Civil Veterinary Dept. Bombay admin report 1907-1913 - 1907-1913
Year: 1907
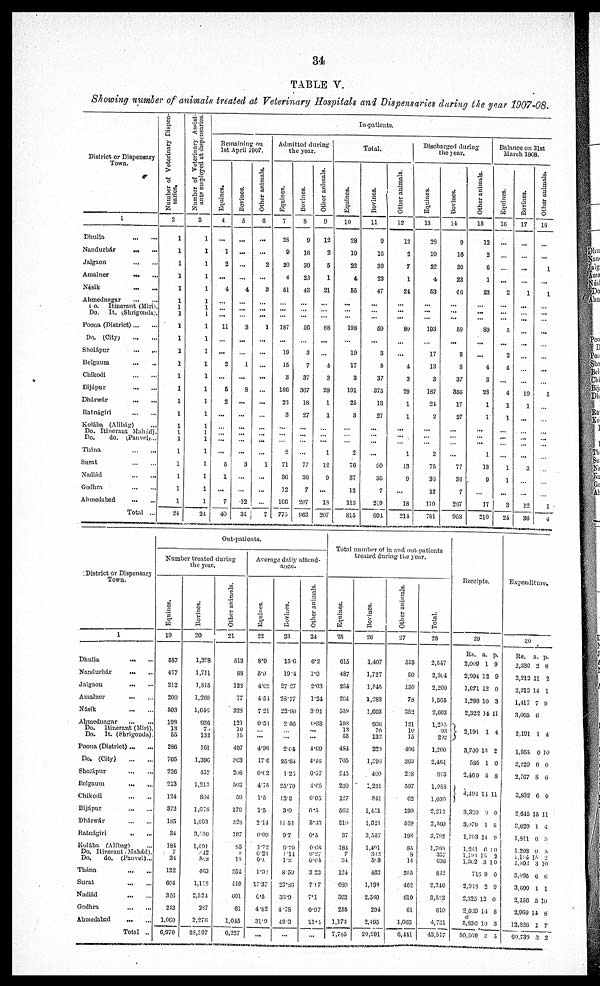
34
TABLE V.
Showing number of animals treated at Veterinary Hospitals and Dispensaries during the year 1907-08.
District or Dispensary
Town.
1
Dhulia ... ...
Nandurbar
...
...
Jalgaon
...
...
Amalner
...
...
Násik
...
...
Ahmednagar
...
...
Do. Itinerant (Miri).
Do.
It. (Shrigonda).
Poona (District)... ...
Do. (City) ... ...
Sholápur
... ...
Belgaum
...
...
Chikodi
...
...
Bijápur
...
...
Dhárwár
...
...
Ratnágiri
...
...
Kolába (Alibág) ...
Do. Itineraut Mahád).
Do.
do. (Panvch)...
Thána ... ...
Surat
...
...
Nadiád ... ...
Godhra
...
...
Ahmodabad ... ...
Total ...
Number of Veterinary Dispen-
saries.
2
1
1
1
1
1
1
1
1
1
1
1
1
1
1
1
1
1
1
1
1
1
1
1
1
24
Number
of Vetorinary Assist¬
ants
employed at dispensaries.
3
1
1
1
1
1
1
1
1
1
1
1
1
1
1
1
1
1
1
1
1
1
1
1
1
31
In-pationts.
Remaining on
1st April 1907.
Equines.
4
...
1
2
...
4
...
...
...
11
...
...
2
...
6
3
...
...
...
...
...
6
1
...
7
40
Bovines.
6
...
...
...
...
4
...
...
3
...
1
...
8
...
...
...
...
...
...
3
...
...
12
31
Other animals.
6
...
...
2
...
3
...
...
...
1
...
...
...
...
...
...
...
...
...
...
...
1
...
...
7
Admitted during
the year.
Equines.
7
28
9
10
4
61
...
...
...
187
...
10
16
3
186
33
3
...
...
2
71
30
12
100
770
Bovines.
8
0
16
30
23
43
...
...
...
60
...
3
7
37
307
18
27
...
...
...
...
77
30
7
207
963
Other animals.
9
12
2
6
1
21
...
...
88
...
...
4
3
20
1
1
...
...
...
1
12
9
...
19
207
Total.
Equines.
10
28
10
22
4
66
...
...
108
...
10
17
3
191
25
3
...
...
...
3
76
87
12
113
S16
Bovines.
11
0
10
30
23
47
...
...
...
69
...
8
8
87
375
18
27
...
...
...
...
80
86
7
2:0
00i
Other animals.
12
13
2
7
1
24
...
...
...
89
...
...
4
3
29
1
1
...
...
...
1
13
0
...
18
214
Discharged during
the year.
Equines.
13
28
10
22
4
63
...
...
...
193
...
17
13
3
187
2
2
...
...
...
2
75
86
12
110
791
Bovine*.
14
9
16
80
28
46
...
...
...
59
...
8
8
37
860
17
27
...
...
...
...
77
86
7
207
953
Other animals.
16
12
2
6
1
23
...
...
...
89
...
...
4
8
23
1
1
...
...
...
1
13
9
...
17
210
Balance on 31st
March 1906.
Equine*.
16
...
...
2
...
...
...
5
...
2
4
...
4
1
1
...
...
...
1
1
...
3
34
Bovines.
17
...
...
...
...
1
...
...
...
...
...
...
...
10
1
...
...
...
...
3
...
...
12
36
Other animals.
13
...
...
1
...
1
...
...
...
...
...
...
...
1
...
...
...
...
...
...
...
...
...
1
4
District or Dispensary
Town.
1
Dhulia
...
...
Mandurbár ... ...
Jalgaon
...
...
Amalnor
...
...
Násik ... ...
Ahmednagar ... ...
Do.
Itinerant (Miri).
Do. It. (Shrigonda).
Poona (District)...
...
Do. (City)
Sholápur
...
...
Belgaum
...
...
Chikodi
...
...
Bijápur ... ...
Dhárwár
...
...
Ratnágiri
...
...
Kolába (Alibag) ...
Do. Itinorant (Mahád).
Do.
do. (Panvel)...
Thinn
...
...
Surat
...
...
Nadiád
...
...
Godhra
...
...
Ahmedabad ... ...
Total ...
Out-patients.
Number treated during
the year.
Equines.
19
687
477
212
200
603
109
13
66
286
705
226
213
124
872
185
34
181
7
84
122
604
320
243
1,000
0,970
Bovines.
20
1,398
1,711
1,815
1,200
1,000
936
7
133
161
1,396
437
1,21.1
804
1,076
1,603
3,630
1,491
242
888
463
1,118
2,624
387
2,270
28,207
Other animals.
21
613
88
133
77
328
121
10
15
407
363
208
503
50
170
528
307
85
6
11
264
440
001
61
1,016
6,227
Average daily attend ¬
ance.
Equines.
22
8.0
5.9
4.02
4.51
7 21
0.51
...
4.96
17.0
0.63
4.75
1.6
1.5
214
0.00
1.72
0.21
0.1
1.98
17.37
0.5
4-82
310
...
Bovines.
23
15.0
19.4
27 27
28.77
22.00
260
...
204
25.84
1.27
25.70
122
3.0
11.53
9.7
0.70
1.14
1.8
8.59
23.86
33.9
4.78
403
...
Other animate.
24
6.2
1.0
2.03
1-34
3.01
6.38
...
...
4.60
4'4(1
0.57
4.65
005
0.5
8.32
0.5
0.68
0.27
0.04
323
7.17
7.1
0.07
21.4
...
Total number of in and out pationts
treated during the year.
Equines.
26
615
487
234
2C4
559
198
18
65
431
705
215
230
127
563
210
87
181
7
34
121
690
303
256
1,173
7,785
Bovines.
20
1,407
1,727
1,845
1,283
1,003
906
70
132
220
1,293
460
1,231
841
1,461
1,021
3.567
1,491
3IJ
6.8
403
1,199
2,380
234
2,495
29,291
Other animals.
27
525
80
130
78
852
121
10
15
406
303
203
507
62
199
529
103
85
8
14
266
402
610
01
1,003
6,411
Total.
28
2,647
2,304
2,209
1,606
2,003
1,255
93
202
1,200
2,464
918
1,958
1,030
2,213
2,400
3,792
1,700
357
638
812
2,340
3,583
610
4,731
43.517
Receipts.
29
Rs. a. p.
2,009 1 9
2,994 13 9
1,971 12 0
1,280 10 3
2,322 14 11
3,101 1 4
3,700 13 2
585 1 0
2,460 5 8
4,404 14 11
3,320 0 0
3,070 1 5
1,763 14 9
1,261 6 10
1,181 15 3
1,302 3 10
710 9 0
2,918 2 0
2,325 12 0
2,930 14 8
5,630 10 3
50,569 2 3
Expenditure.
30
Rs. a. p.
2,330 2 6
2,212 11 2
2,213 14 1
1,417 7 9
3,005 0
2,191 1 4
1,965 0 10
2,229 0 0
2,767 8 0
3,832 6 0
2,645 15 11
0,029 1 4
1,311 6 5
1,203 6 8
1,164 15 2
1,303 3 10
3,095 0 6
3,600 1 1
2,150 5 10
2,969 14 8
12,820 1 7
60,789 3 2